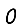
Digit: 0